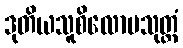
ဒုတိယသူစိလောမသုတ္တံ